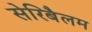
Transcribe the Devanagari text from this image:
सेरिबैलम